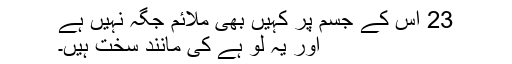
23 اس کے جسم پر کہیں بھی ملائم جگہ نہیں ہے
اور یہ لو ہے کی مانند سخت ہیں۔